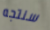
سنتجه